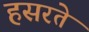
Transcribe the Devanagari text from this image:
हसरते